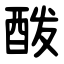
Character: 酦